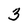
Character: 3